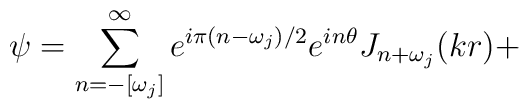
\psi=\sum^\infty_{n=-[\omega_j]} e^{i\pi(n-\omega_j)/2} e^{in\theta}J_{n+\omega_j}(kr)+